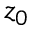
z _ { 0 }